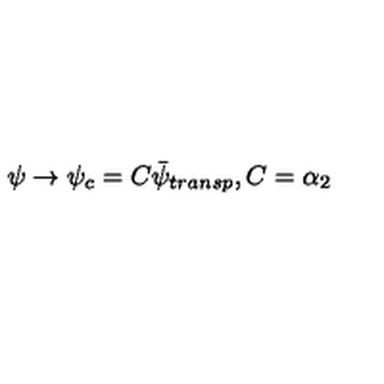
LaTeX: \psi \rightarrow \psi _ { c } = C \bar { \psi } _ { t r a n s p } , C = \alpha _ { 2 }